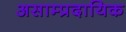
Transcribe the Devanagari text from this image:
असाम्प्रदायिक